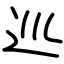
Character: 巡